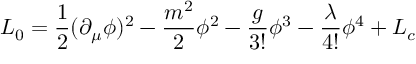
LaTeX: { \cal L } _ { 0 } = { \frac { 1 } { 2 } } ( \partial _ { \mu } \phi ) ^ { 2 } - { \frac { m ^ { 2 } } { 2 } } \phi ^ { 2 } - { \frac { g } { 3 ! } } \phi ^ { 3 } - { \frac { \lambda } { 4 ! } } \phi ^ { 4 } + { \cal L } _ { c }